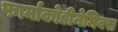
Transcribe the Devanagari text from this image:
फार्माकोडीनेमिक्स